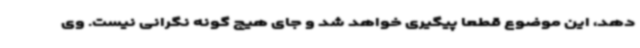
دهد، این موضوع قطعا پیگیری خواهد شد و جای هیچ گونه نگرانی نیست. وی